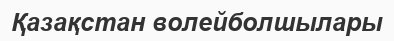
Қазақстан волейболшылары